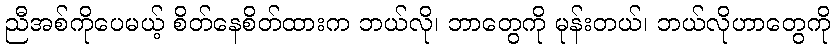
ညီအစ်ကိုပေမယ့် စိတ်နေစိတ်ထားက ဘယ်လို၊ ဘာတွေကို မုန်းတယ်၊ ဘယ်လိုဟာတွေကို